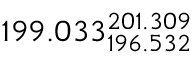
1 9 9 . 0 3 3 _ { 1 9 6 . 5 3 2 } ^ { 2 0 1 . 3 0 9 }